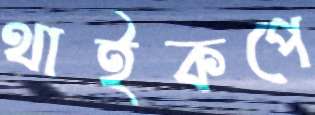
থাইকপে